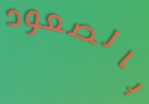
بالصعود